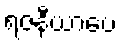
ရဇနီယာပေ